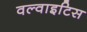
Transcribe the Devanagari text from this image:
वल्वाइटिस